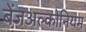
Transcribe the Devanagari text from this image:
बेंजअल्कोनियम